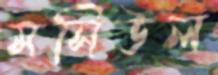
মসিউল